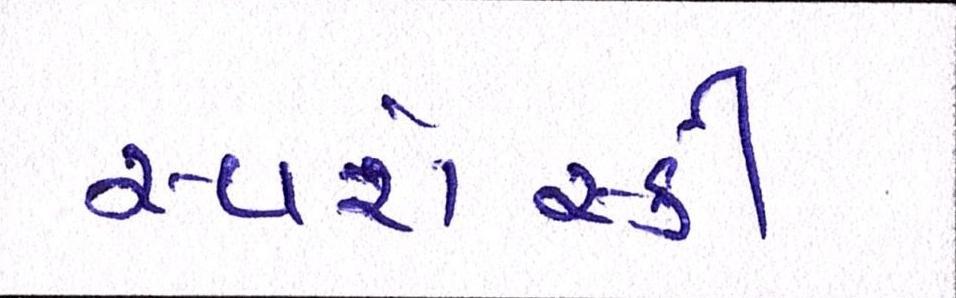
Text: સ્વરોસ્કી